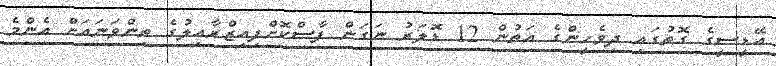
އޭޑީސީގެ ގޮތުގައި ދިވެހީންގެ އަތުން 12 ޑޮލަރު ނަގަން ފާސްކޮށްފިއިޒްރާއިލުގެ ތިންވަނައަށް އެންމެ